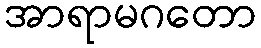
အာရာမဂတော